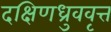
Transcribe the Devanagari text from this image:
दक्षिणध्रुववृत्त